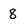
Character: 8